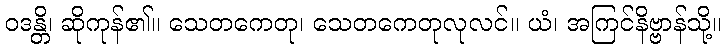
ဝဒန္တိ၊ ဆိုကုန်၏။ သေတကေတု၊ သေတကေတုလုလင်။ ယံ၊ အကြင်နိဗ္ဗာန်သို့။